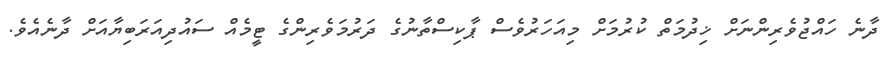
ދާނެ ހައްޖުވެރިންނަށް ޚިދުމަތް ކުރުމަށް މިއަަހަރުވެސް ޕާކިސްތާނުގެ ދަރުމަވެރިންގެެ ޓީމެއް ސައުދިއަރަބިޔާއަށް ދާނެއެވެ.